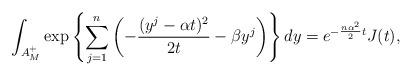
LaTeX: \begin{align*}\int_{A_M^+}\exp\left\{\sum_{j=1}^n\left(-\frac{(y^j- \alpha t)^2}{2t}-\beta y^j\right)\right\}dy=e^{-\frac{n\alpha^2}2 t} J(t),\end{align*}